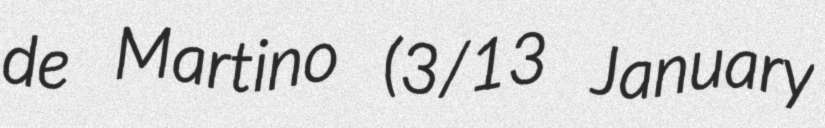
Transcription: de Martino (3/13 January